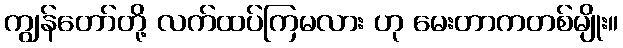
ကျွန်တော်တို့ လက်ထပ်ကြမလား ဟု မေးတာကတစ်မျိုး။